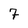
Character: 7